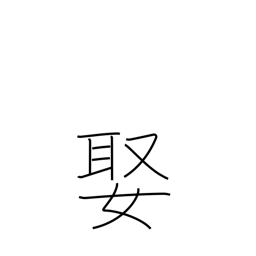
Meaning: arrange a marriage